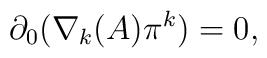
\partial_{0}(\nabla_{k}(A) \pi^{k}) = 0,